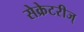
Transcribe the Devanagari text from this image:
सेक्रेटरीज्